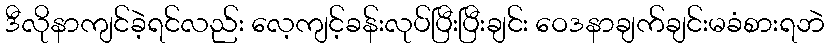
ဒီလိုနာကျင်ခဲ့ရင်လည်း လေ့ကျင့်ခန်းလုပ်ပြီးပြီးချင်း ဝေဒနာချက်ချင်းမခံစားရဘဲ